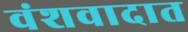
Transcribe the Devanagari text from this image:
वंशवादात